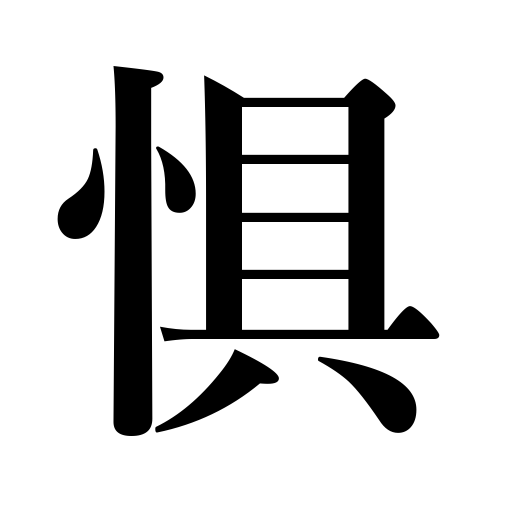
Meanings: fear,be apprehensive,be overawed